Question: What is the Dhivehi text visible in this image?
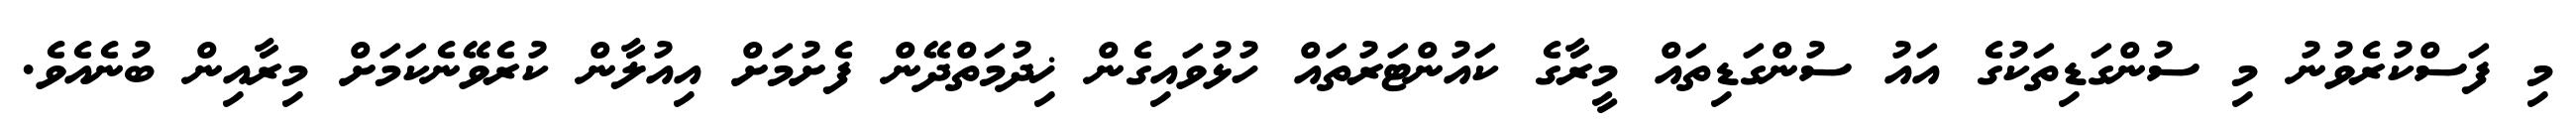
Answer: މި ފަސްކުރެވުނު މި ސުންގަޑިތަކުގެ އައު ސުންގަޑިތައް މީރާގެ ކައުންޓަރުތައް ހުޅުވައިގެން ޚިދުމަތްދޭން ފެށުމަށް އިއުލާން ކުރެވޭނެކަމަށް މިރާއިން ބުނެއެވެ.